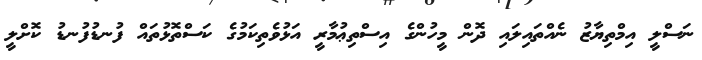
ނަސްލީ އިމްތިޔާޒު ނެއްތައިލައި ދޮން މީހުންގެ އިސްތިޢުމާރީ އަޅުވެތިކަމުގެ ކަސްތޮޅުތައް ފުނޑުފުނޑު ކޮށްލީ